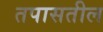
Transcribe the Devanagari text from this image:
तपासतील